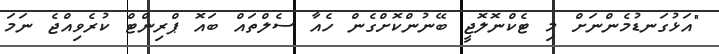
"އަޅުގަނޑުމެންނަށް މި ޓެކްނޮލޮޖީ ބޭނުންކޮށްގެން ހެއާ ސެލްތައް ބައޮ ޕްރިންޓް ކުރެވިއްޖެ ނަމަ